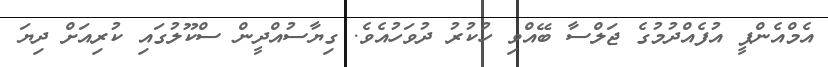
އެމްއެންޕީ އުފެއްދުމުގެ ޖަލްސާ ބޭއްވި ހުކުރު ދުވަހުއެވެ. ގިޔާސުއްދީން ސްކޫލުގައި ކުރިއަށް ދިޔަ